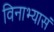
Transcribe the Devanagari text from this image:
विनाभ्यासं